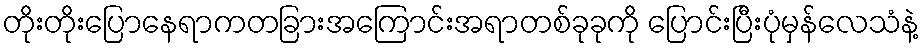
တိုးတိုးပြောနေရာကတခြားအကြောင်းအရာတစ်ခုခုကို ပြောင်းပြီးပုံမှန်လေသံနဲ့